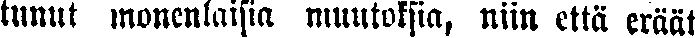
tunut monenlaisia muutoksia, niin että eräät